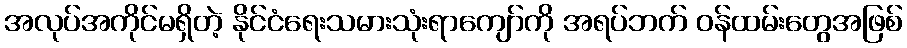
အလုပ်အကိုင်မရှိတဲ့ နိုင်ငံရေးသမားသုံးရာကျော်ကို အရပ်ဘက် ဝန်ထမ်းတွေအဖြစ်